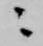
ニ